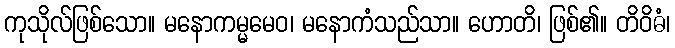
ကုသိုလ်ဖြစ်သော။ မနောကမ္မမေဝ၊ မနောကံသည်သာ။ ဟောတိ၊ ဖြစ်၏။ တိဝိဓံ၊